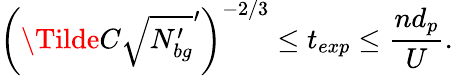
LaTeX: \left(\Tilde{C}\sqrt{N_{bg}^{\prime}}^{\prime}\right)^{-2/3}\leq t_{exp}\leq\frac{nd_{p}}{U}.